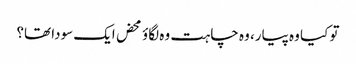
تو کیا وہ پیار، وہ چاہت وہ لگاؤ محض ایک سودا تھا؟